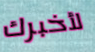
لأخبرك